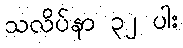
သလိပ်နာ ၃၂ ပါး